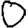
Digit: 0